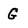
Character: G